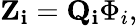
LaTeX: \mathbf{Z_{i}}=\mathbf{Q_{i}}\Phi_{i},